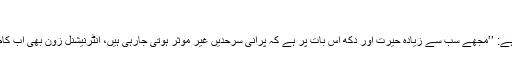
‘‘
کینان مزید کہتا ہے: ’’مجھے سب سے زیادہ حیرت اور دکھ اس بات پر ہے کہ پرانی سرحدیں غیر مؤثر ہوتی جارہی ہیں، انٹرنیشنل زون بھی اب کام کے نہیں رہے۔